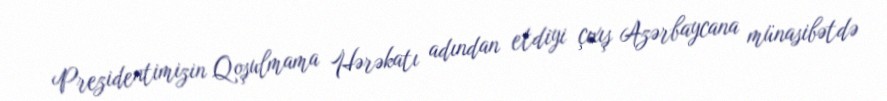
Prezidentimizin Qoşulmama Hərəkatı adından etdiyi çıxış Azərbaycana münasibətdə